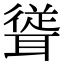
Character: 𮋹